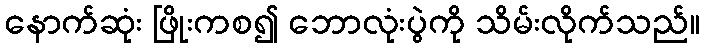
နောက်ဆုံး ဖြိုးကစ၍ ဘောလုံးပွဲကို သိမ်းလိုက်သည်။